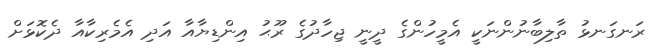
ރަނގަނޅު ތާލިބާނުންނަކީ އެމީހުންގެ ދީނީ ޖިހާދުގެ ރޫޙު އިންޑިޔާއާ އަދި އެމެރިކާއާ ދެކޮޅަށް